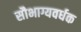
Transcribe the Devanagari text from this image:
सौभाग्यवर्धक